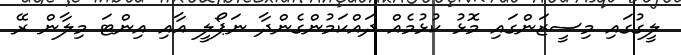
ލީގުގައި މިސީޒަންގައި މޮޅު ކުޅުމެއް ދައްކަމުންގެންދާ ނަޕޯލީ އާއި އިންޓަ މިލާން ރޭ